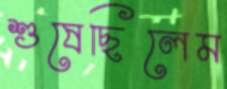
শুষেছিলেম